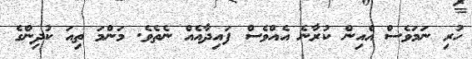
ހުރި ނަމަވެސް އެއިން ކުރާނެ އެއްވެސް ފައިދާއެއް ނެތެވެ. މަންމަ ތިއަ ކުދިންގެ